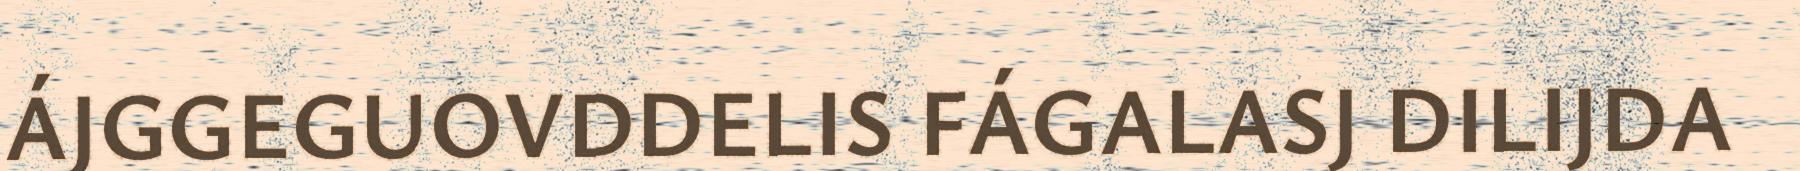
ÁJGGEGUOVDDELIS FÁGALASJ DILIJDA